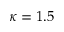
\kappa = 1 . 5